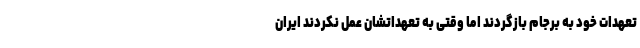
تعهدات خود به برجام بازگردند اما وقتی به تعهداتشان عمل نکردند ایران